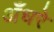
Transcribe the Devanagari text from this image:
अँधरे